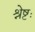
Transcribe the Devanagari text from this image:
श्रेष्टः